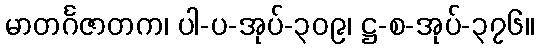
မာတင်္ဂဇာတက၊ ပါ-ပ-အုပ်-၃၀၉၊ ဋ္ဌ-စ-အုပ်-၃၇၆။